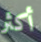
أكثر